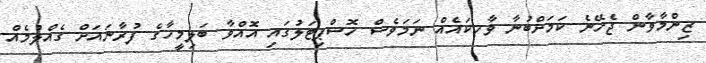
ޒިންމާވާން ޖެހޭނެ ކަމަށްބުނާ ވާހކައެއް ނަމަވެސް ހޮސްޕިޓަލުގައި އޮއްވާ ބަލިމީހާގެ ފުރާނައަށް ގެއްލުމެއް